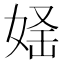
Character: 𡝛